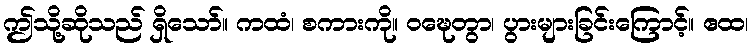
ဤသို့ဆိုသည် ရှိသော်။ ကထံ၊ စကားကို။ ဝဍ္ဎေတွာ၊ ပွားများခြင်းကြောင့်။ ဧထ၊